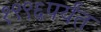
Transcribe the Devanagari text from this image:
१९९६पर्यंत